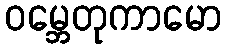
ဝမ္ဘေတုကာမော